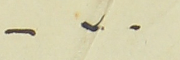
-٧-